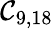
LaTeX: \mathcal{C}_{9,18}